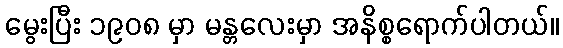
မွေးပြီး ၁၉၀၈ မှာ မန္တလေးမှာ အနိစ္စရောက်ပါတယ်။